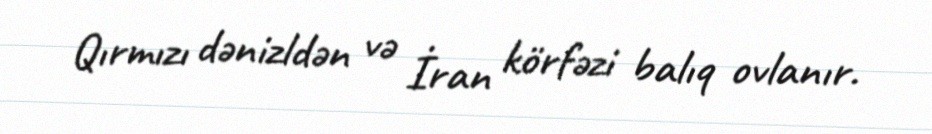
Qırmızı dənizldən və İran körfəzi balıq ovlanır.